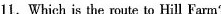
11.Which is the route to Hill Farm?